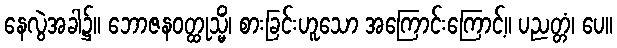
နေလွဲအခါ၌။ ဘောဇနဝတ္ထုသ္မိံ၊ စားခြင်းဟူသော အကြောင်းကြောင့်။ ပညတ္တံ၊ ပေ။